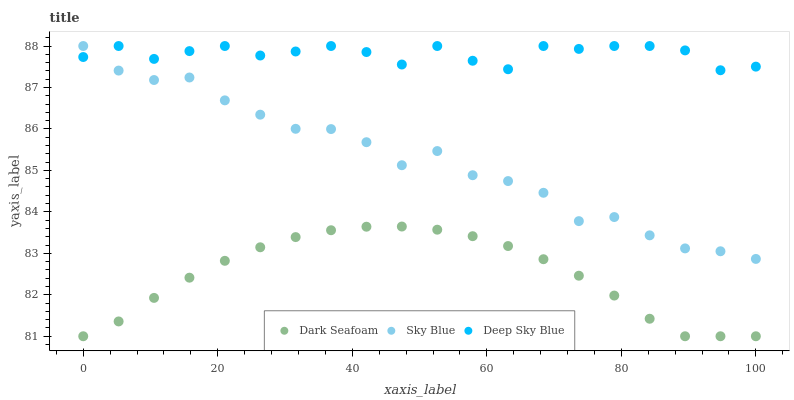
| xaxis_label | Dark Seafoam | Sky Blue | Deep Sky Blue |
 | --- | --- | --- | --- |
 | 0 | 81 | 88 | 87.7 |
 | 5.26 | 81.4 | 87.4 | 88 |
 | 10.5 | 81.9 | 87.2 | 87.7 |
 | 15.8 | 82.4 | 87.2 | 87.9 |
 | 21.1 | 82.8 | 86.7 | 88 |
 | 26.3 | 83.1 | 86.3 | 87.8 |
 | 31.6 | 83.4 | 86 | 87.9 |
 | 36.8 | 83.6 | 86 | 88 |
 | 42.1 | 83.6 | 85.7 | 87.9 |
 | 47.4 | 83.6 | 85.1 | 87.6 |
 | 52.6 | 83.6 | 85.5 | 88 |
 | 57.9 | 83.4 | 84.9 | 87.6 |
 | 63.2 | 83.2 | 84.7 | 87.4 |
 | 68.4 | 82.9 | 84.5 | 88 |
 | 73.7 | 82.5 | 83.8 | 87.9 |
 | 78.9 | 82 | 83.9 | 88 |
 | 84.2 | 81.4 | 83.4 | 88 |
 | 89.5 | 81 | 83.1 | 87.9 |
 | 94.7 | 81 | 83 | 87.4 |
 | 100 | 81 | 82.9 | 87.5 |